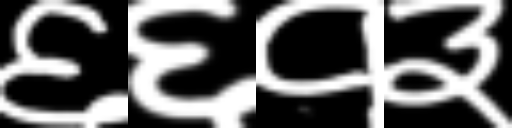
Text: ६६१३